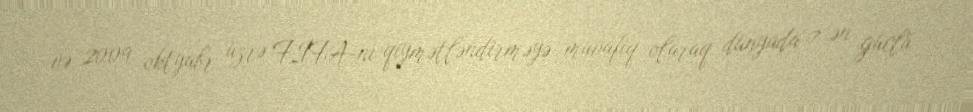
və 2009 oktyabr üzrə FİFA-nı qiymətləndirməyə müvafiq olaraq dünyada 7 ən güclü